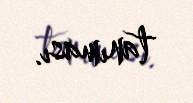
tanıması.